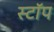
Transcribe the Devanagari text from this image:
स्टाॅप